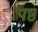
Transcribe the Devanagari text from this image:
पष्ठ